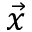
\vec { x }